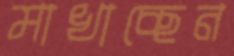
মাখাচ্ছেন